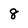
Character: 8